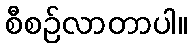
စီစဉ်လာတာပါ။